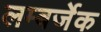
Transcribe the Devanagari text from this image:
लम्बर्जेक